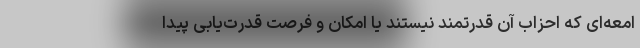
امعه‌ای که احزاب آن قدرتمند نیستند یا امکان و فرصت قدرت‌یابی پیدا